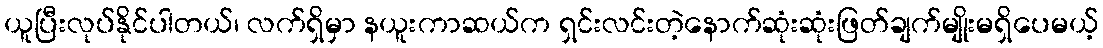
ယူပြီးလုပ်နိုင်ပါတယ်၊ လက်ရှိမှာ နယူးကာဆယ်က ရှင်းလင်းတဲ့နောက်ဆုံးဆုံးဖြတ်ချက်မျိုးမရှိပေမယ့်